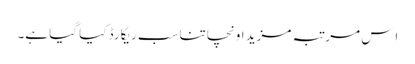
اِس مرتبہ مزید اونچا تناسب ریکارڈ کیا گیا ہے۔